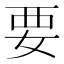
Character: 要